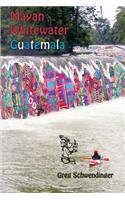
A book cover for Mayan Whitewater Guatemala: A guide to the rivers; Greg Schwendinger; Travel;